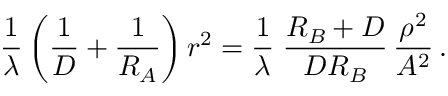
{ \frac { 1 } { \lambda } } \left( { \frac { 1 } { D } } + { \frac { 1 } { R _ { A } } } \right) r ^ { 2 } = { \frac { 1 } { \lambda } } \; { \frac { R _ { B } + D } { D R _ { B } } } \, { \frac { \rho ^ { 2 } } { A ^ { 2 } } } \, .